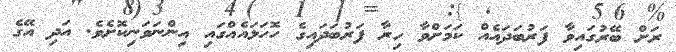
ރަށް ބޭރުގައިވާ ފަރުބަދައެއް ކަމަށްވާ ހިރާ ފަރުބަދައިގެ ހޮހަޅައެއްގައި އިންނަވަނިކޮށެވެ. އަދި އޭގެ